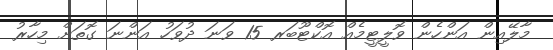
މާލޭއިން އަންހެން ވޮލީޓީމެއް އޮކްޓޫބަރ 15 ވަނަ ދުވަހު އަންނަ ގޮތަށް މިހާރު